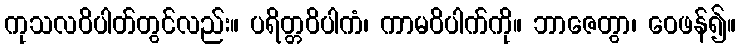
ကုသလဝိပါတ်တွင်လည်း။ ပရိတ္တဝိပါကံ၊ ကာမဝိပါက်ကို။ ဘာဇေတွာ၊ ဝေဖန်၍။